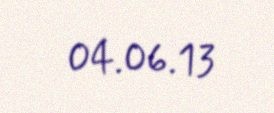
04.06.13